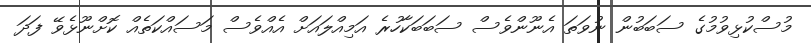
މުސްކުޅިވުމުގެ ސަބަބުން ނުވަތަ އެނޫންވެސް ސަބަބަކާހުރެ އަމިއްލައަށް އެއްވެސް މަސައްކަތެއް ކޮށްނޫޅެވޭ ފަދަ